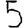
Digit: 5